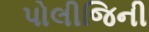
પોલીજિની